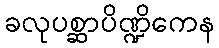
ခလုပစ္ဆာပိဏ္ဍိကေန